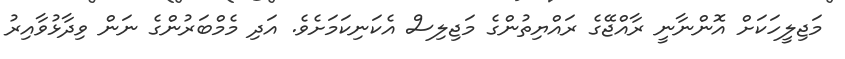
މަޖިލީހަކަށް އޮންނާނީ ރާއްޖޭގެ ރައްޔިތުންގެ މަޖިލިސް އެކަނިކަމަށެވެ. އަދި މެމްބަރުންގެ ނަން ވިދާޅުވާއިރު